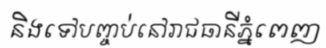
និងទៅបញ្ចប់នៅរាជធានីភ្នំពេញ